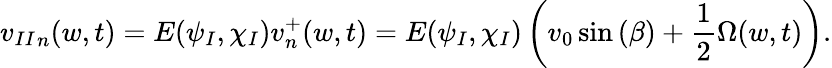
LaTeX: {v_{II}}_{n}(w,t)=E(\psi_{I},\chi_{I}){v}_{n}^{+}(w,t)=E(\psi_{I},\chi_{I})\left(v_{0}\sin{(\beta)}+\frac{1}{2}\Omega(w,t)\right).